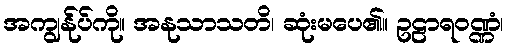
အကျွန်ုပ်ကို။ အနုသာသတိ၊ ဆုံးမပေ၏။ ဥဠာရဝဏ္ဏံ၊